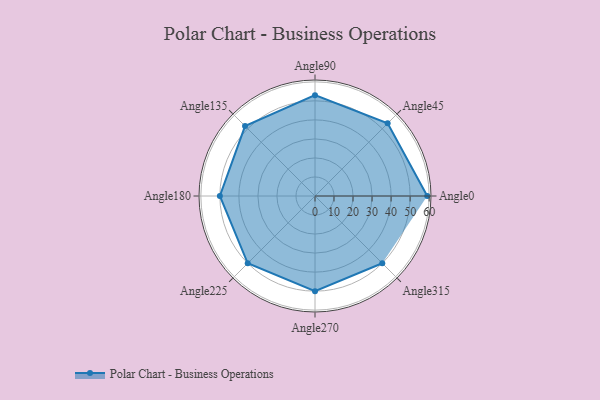
{"axis": {"x": "Angle", "y": "Radius"}, "legend": [""], "data": [{"x": "Angle0", "y": 59.0, "type": ""}, {"x": "Angle45", "y": 54.0, "type": ""}, {"x": "Angle90", "y": 53.0, "type": ""}, {"x": "Angle135", "y": 52.0, "type": ""}, {"x": "Angle180", "y": 50, "type": ""}, {"x": "Angle225", "y": 50, "type": ""}, {"x": "Angle270", "y": 50, "type": ""}, {"x": "Angle315", "y": 50, "type": ""}]}